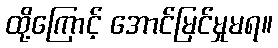
ထို့ကြောင့် အောင်မြင်မှုမရ။